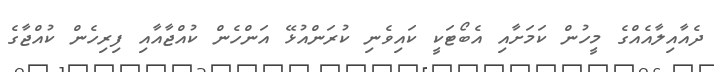
ދެއާއިލާއެއްގެ މީހުން ކަމަށާއި އެބޯޓަކީ ކައިވެނި ކުރަންއުޅޭ އަންހެން ކުއްޖާއާއި ފިރިހެން ކުއްޖާގެ